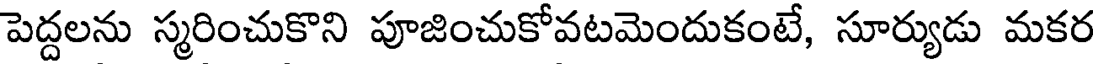
పెద్దలను స్మరించుకొని పూజించుకోవటమెందుకంటే, సూర్యుడు మకర